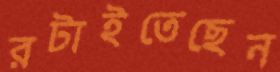
রটাইতেছেন